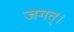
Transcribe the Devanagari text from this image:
जगत्।